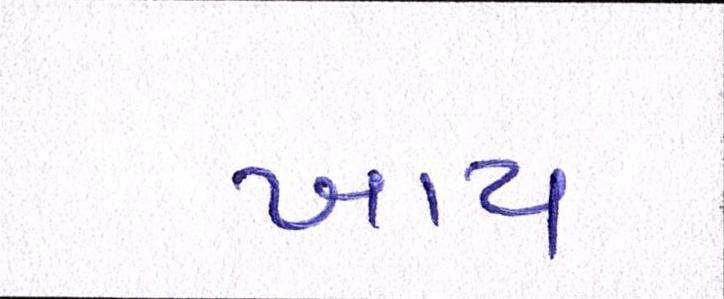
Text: ખાય